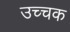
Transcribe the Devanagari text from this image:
उच्चक